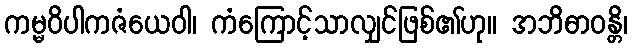
ကမ္မဝိပါကဇံယေဝါ၊ ကံကြောင့်သာလျှင်ဖြစ်၏ဟု။ အဘိဓာဝန္တိ၊